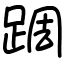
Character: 𨂊